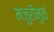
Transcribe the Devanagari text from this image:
मंजुरीमुळे